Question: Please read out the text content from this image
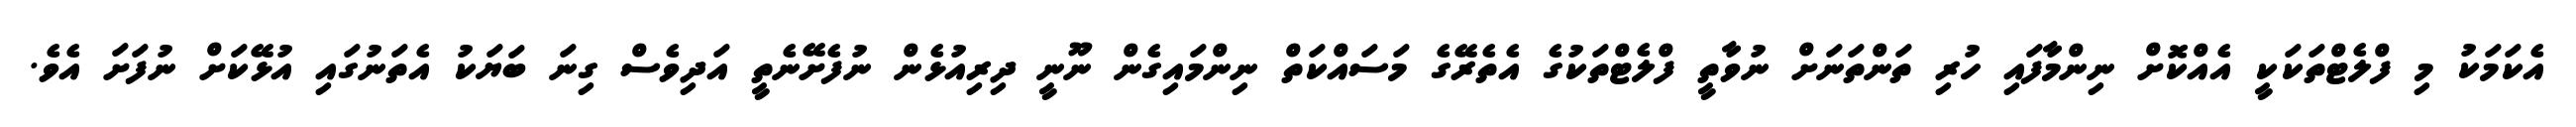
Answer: އެކަމަކު މި ފްލެޓްތަކަކީ އެއްކޮށް ނިންމާފައި ހުރި ތަންތަނަށް ނުވާތީ ފްލެޓްތަކުގެ އެތެރޭގެ މަސައްކަތް ނިންމައިގެން ނޫނީ ދިރިއުޅެން ނުފެށޭނެތީ އަދިވެސް ގިނަ ބަޔަކު އެތަނުގައި އުޅޭކަށް ނުފަށަ އެވެ.